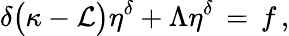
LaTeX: \delta\bigl(\kappa-\mathcal{L}\bigr)\eta^{\delta}+\Lambda\eta^{\delta}\, =\, f\, ,